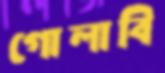
গোলাবি